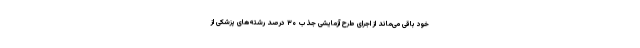
خود باقی می‌ماند از اجرای طرح آزمایشی جذب ۳۰ درصد رشته‌های پزشکی از